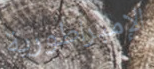
الإمبراطورية